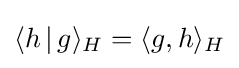
\langle h\,|\,g\rangle _{H}=\langle g,h\rangle _{H}